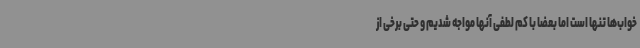
خواب‌ها تنها است اما بعضا با کم لطفی آنها مواجه شدیم و حتی برخی از